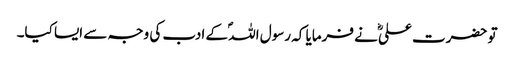
تو حضرت علیؓ نے فرمایا کہ رسول اللہؐ کے ادب کی وجہ سے ایسا کیا۔